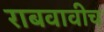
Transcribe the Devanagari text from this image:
राबवावीच